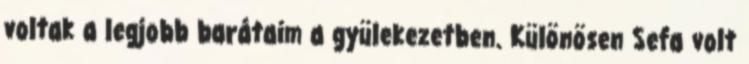
voltak a legjobb barátaim a gyülekezetben. Különösen Sefa volt